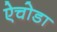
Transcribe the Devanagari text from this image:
ऐचोडा